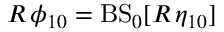
R \, \phi _ { 1 0 } = \mathrm { B S } _ { 0 } [ R \, \eta _ { 1 0 } ]